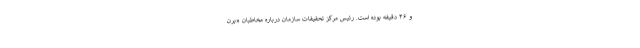
و ۴۶ دقیقه بوده است. رئیس مرکز تحقیقات سازمان درباره مخاطبان «برن